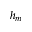
h _ { m }